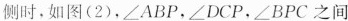
侧时，如图(2)，∠ABP，∠DCP，∠BPC之间